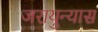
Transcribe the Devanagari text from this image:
जरायुन्यास